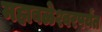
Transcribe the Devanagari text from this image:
महाबळेश्वरपर्यंत